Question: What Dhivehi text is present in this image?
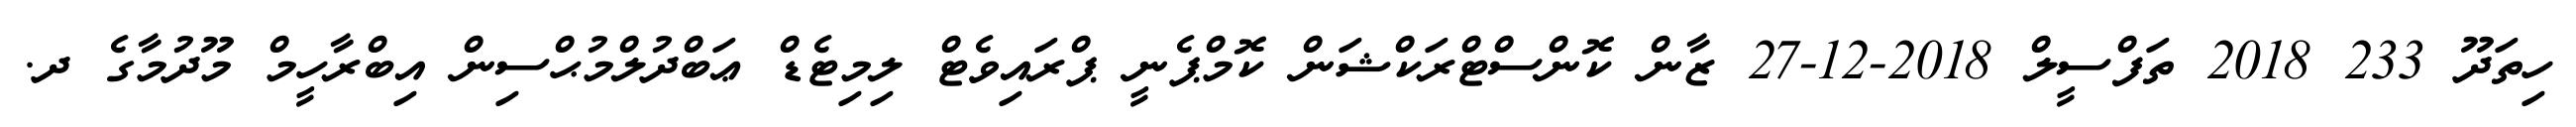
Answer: ހިތަދޫ 233 2018 ތަފްސީލް 2018-12-27 ޒާން ކޮންސްޓްރަކްޝަން ކޮމްޕެނީ ޕްރައިވެޓް ލިމިޓެޑް ޢަބްދުލްމުޙްސިން އިބްރާހީމް މޫދުމާގެ ދ.